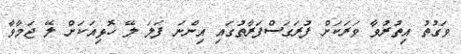
ވަގުތު އިތުރުވާ ވަރަކަށް ފުރަގަސްފަރާތުގައި އިންނަ ފަލަ ލޭ ހޮޅިއަކަށް ލޭ ޖަމާވާ